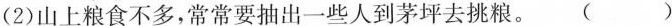
(2)山上粮食不多，\underset{·}{常}\underset{·}{常}要抽出一些人到茅坪去挑粮。( )